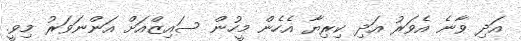
އަދި ވާނެ އެވަރު އަދި ކިރިޔާ އެހެން މީހުން ސައިޒްއަށް އަންނަވަރު މިވީ.